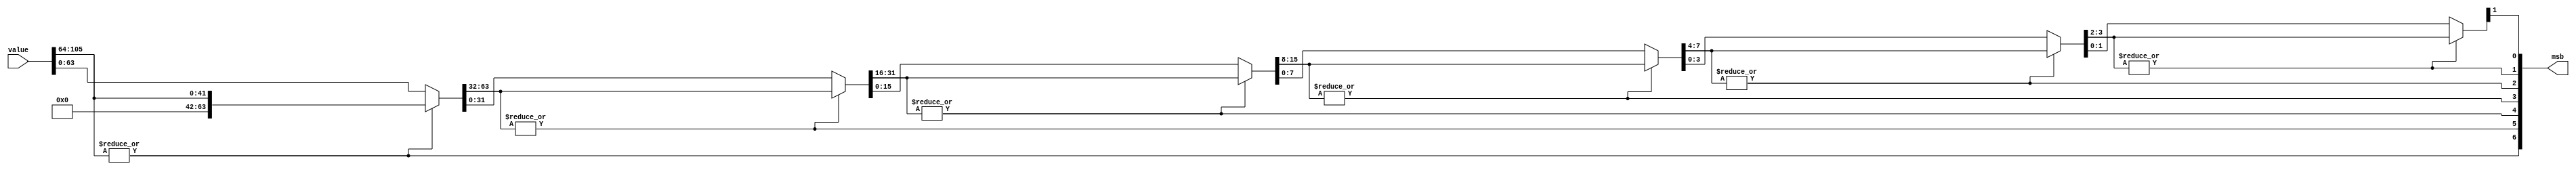
module fpu_pri_encoder#(
  parameter WIDTH = 106, 
  parameter WIDTH_LOG = 7                 
)(
  value,
  msb
);

  input wire [WIDTH - 1 : 0] value;
  output wire [WIDTH_LOG:0] msb;

  genvar i;

  for (i = 0; i < WIDTH_LOG; i = i + 1) begin : ORS
    wire [(1 << WIDTH_LOG) - 1:0] oi;
    wire msbi;

    if (i == 0)
      assign oi = value;
    else
      assign oi[(1 << (WIDTH_LOG - i)) - 1:0] = ORS[i - 1].msbi ? ORS[i - 1].oi[2 * (1 << (WIDTH_LOG - i)) - 1:(1 << (WIDTH_LOG - i))] : ORS[i - 1].oi[(1 << (WIDTH_LOG - i)) - 1 : 0];

    assign msbi = |oi[2 * (1 << (WIDTH_LOG - 1 - i)) - 1: (1 << (WIDTH_LOG - 1 - i))];
    assign msb[WIDTH_LOG - 1 - i] = |oi[2 * (1 << (WIDTH_LOG - 1 - i)) - 1: (1 << (WIDTH_LOG - 1 - i))];
    
  end


endmodule // fpu_pri_encoder